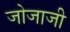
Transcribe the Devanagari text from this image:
जोजाजी